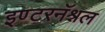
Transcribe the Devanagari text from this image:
इण्टरनॅश्नल